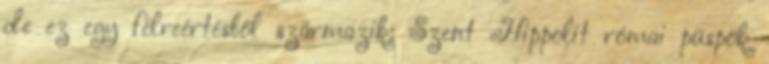
de ez egy félreértésből származik: Szent Hippolit római püspök